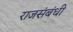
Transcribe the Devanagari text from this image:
राजसंबंधी